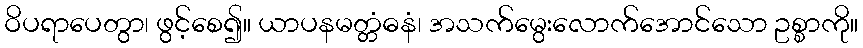
ဝိပရာပေတွာ၊ ဖွင့်စေ၍။ ယာပနမတ္တံဓနံ၊ အသက်မွေးလောက်အောင်သော ဥစ္စာကို။